Annual administration report of the Bombay Presidency - 1887-1892
Year: 1887
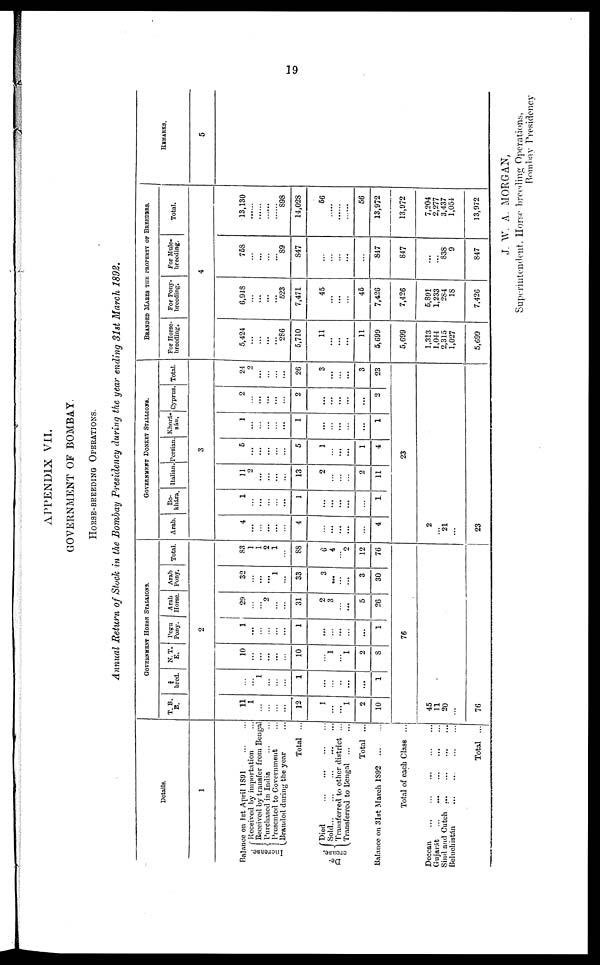
19
APPENDIX VII.
GOVERNMENT OF BOMBAY.
HORSE-BREEDING OPERATIONS.
Annual Return of Stock in the Bombay Presidency during the year ending 31st March 1892.
Details.
1
Balance on 1st April 1891 ... ...
I ncr eas e.
De-
crease.
Received by importation ...
Received by transfer from Bengal
Purchased in India ... ...
Presented to Government ...
Branded during the year ...
Total ...
Died ... ... ... ...
Sold ... ... ... ... ...
Transferred to other district ...
Transferred to Bengal ... ...
Total ...
Balance on 31st March 1892 ... ...
Total of each Class ...
Deccan ... ... ... ... ...
Gujarát ... ... ... ... ...
Sind and Cutch ... ... ... ...
Beluchistán ... ... ... ...
Total ...
GOVERNMENT HORSE STALLIONS.
T. B.
E.
bred.
N. T.
E.
Pegu
Pony.
Arab
Horse.
Arab
Pony. Total.
2
11
1
...
...
...
...
12
1
...
...
1
2
10
45
11
20
...
76
...
...
1
...
...
...
1
...
...
...
...
...
1
10
...
...
...
...
...
10
...
1
1
2
8
1
...
...
...
...
...
1
...
...
...
...
...
1
76
29
...
...
2
...
...
31
2
3
...
...
5
26
32
...
...
...
1
...
33
3
...
...
...
3
30
83
1
1
2
1
...
88
6
4
2
12
76
GOVERNMENT DONKEY STALLIONS.
Arab.
Bo-
khárn.
Italian. Persian. Khorá-
sán. Cyprus. Total.
3
4
...
...
...
...
...
4
...
...
...
...
...
4
2
...
21
...
23
1
...
...
...
...
...
1
...
...
...
...
...
1
11
2
...
...
...
...
13
2
...
...
...
2
11
6
...
...
...
...
...
5
1
...
...
...
1
4
23
1
...
...
...
...
...
1
...
...
...
...
...
1
2
...
...
...
...
2
...
...
...
...
...
2
24
2
...
...
...
...
26
3
...
...
...
3
23
BRANDED MARES THE PROPERTY OF BREEDERS.
For Horse-
breeding.
For Pony-
breeding.
For Mule-
breeding.
Total.
4
5,424
...
...
...
...
286
5,710
11
...
...
...
11
5,699
5,699
1,313
1,044
2,315
1,027
5,699
6,948
...
...
...
...
523
7,471
45
...
...
...
45
7,426
7,426
5,891
1,233
284
18
7,426
758
...
...
...
...
89
847
...
...
...
...
...
847
847
...
...
838
9
847
13,130
......
......
......
......
898
14,028
56
......
......
......
56
13,972
13,972
7,204
2,277
3,437
1,054
13,972
REMARKS.
5
J. W. A. MORGAN,
Superintendent. Horse breeding Operations.
Bombay Presidency